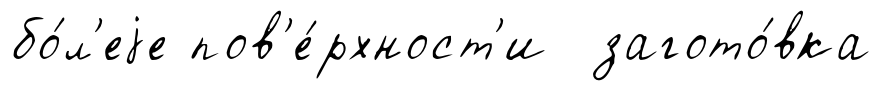
бо́л'еjе пов'е́рхност'и загото́вка